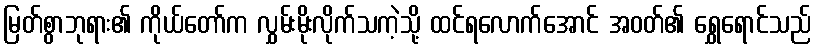
မြတ်စွာဘုရား၏ ကိုယ်တော်က လွှမ်းမိုးလိုက်သကဲ့သို့ ထင်ရလောက်အောင် အဝတ်၏ ရွှေရောင်သည်